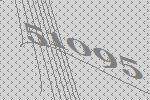
51095